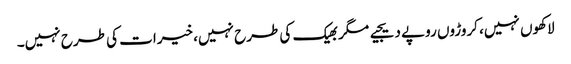
لاکھوں نہیں، کروڑوں روپے دیجیے مگر بھیک کی طرح نہیں، خیرات کی طرح نہیں۔